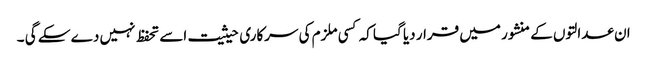
ان عدالتوں کے منشور میں قرار دیا گیا کہ کسی ملزم کی سرکاری حیثیت اسے تحفظ نہیں دے سکے گی ۔